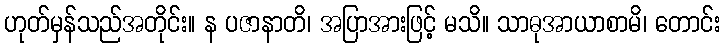
ဟုတ်မှန်သည်အတိုင်း။ န ပဇာနာတိ၊ အပြာအားဖြင့် မသိ။ သာဓုအာယာစာမိ၊ တောင်း